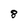
Character: 8